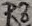
Text: R8